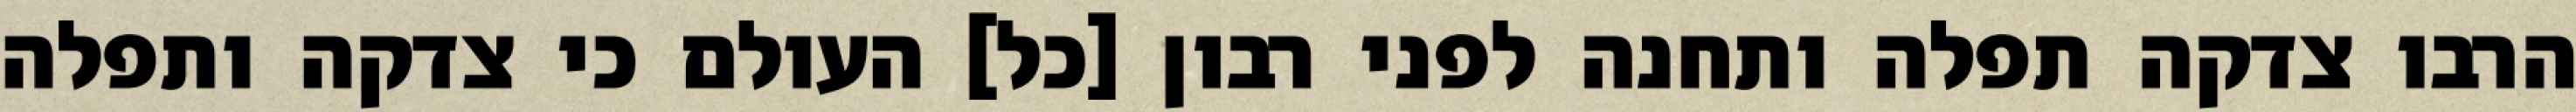
הרבו צדקה תפלה ותחנה לפני רבון [כל] העולם כי צדקה ותפלה